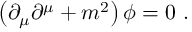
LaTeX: \left( \partial _ { \mu } \partial ^ { \mu } + m ^ { 2 } \right) \phi = 0 ~ .